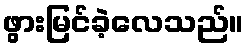
ဖွားမြင်ခဲ့လေသည်။